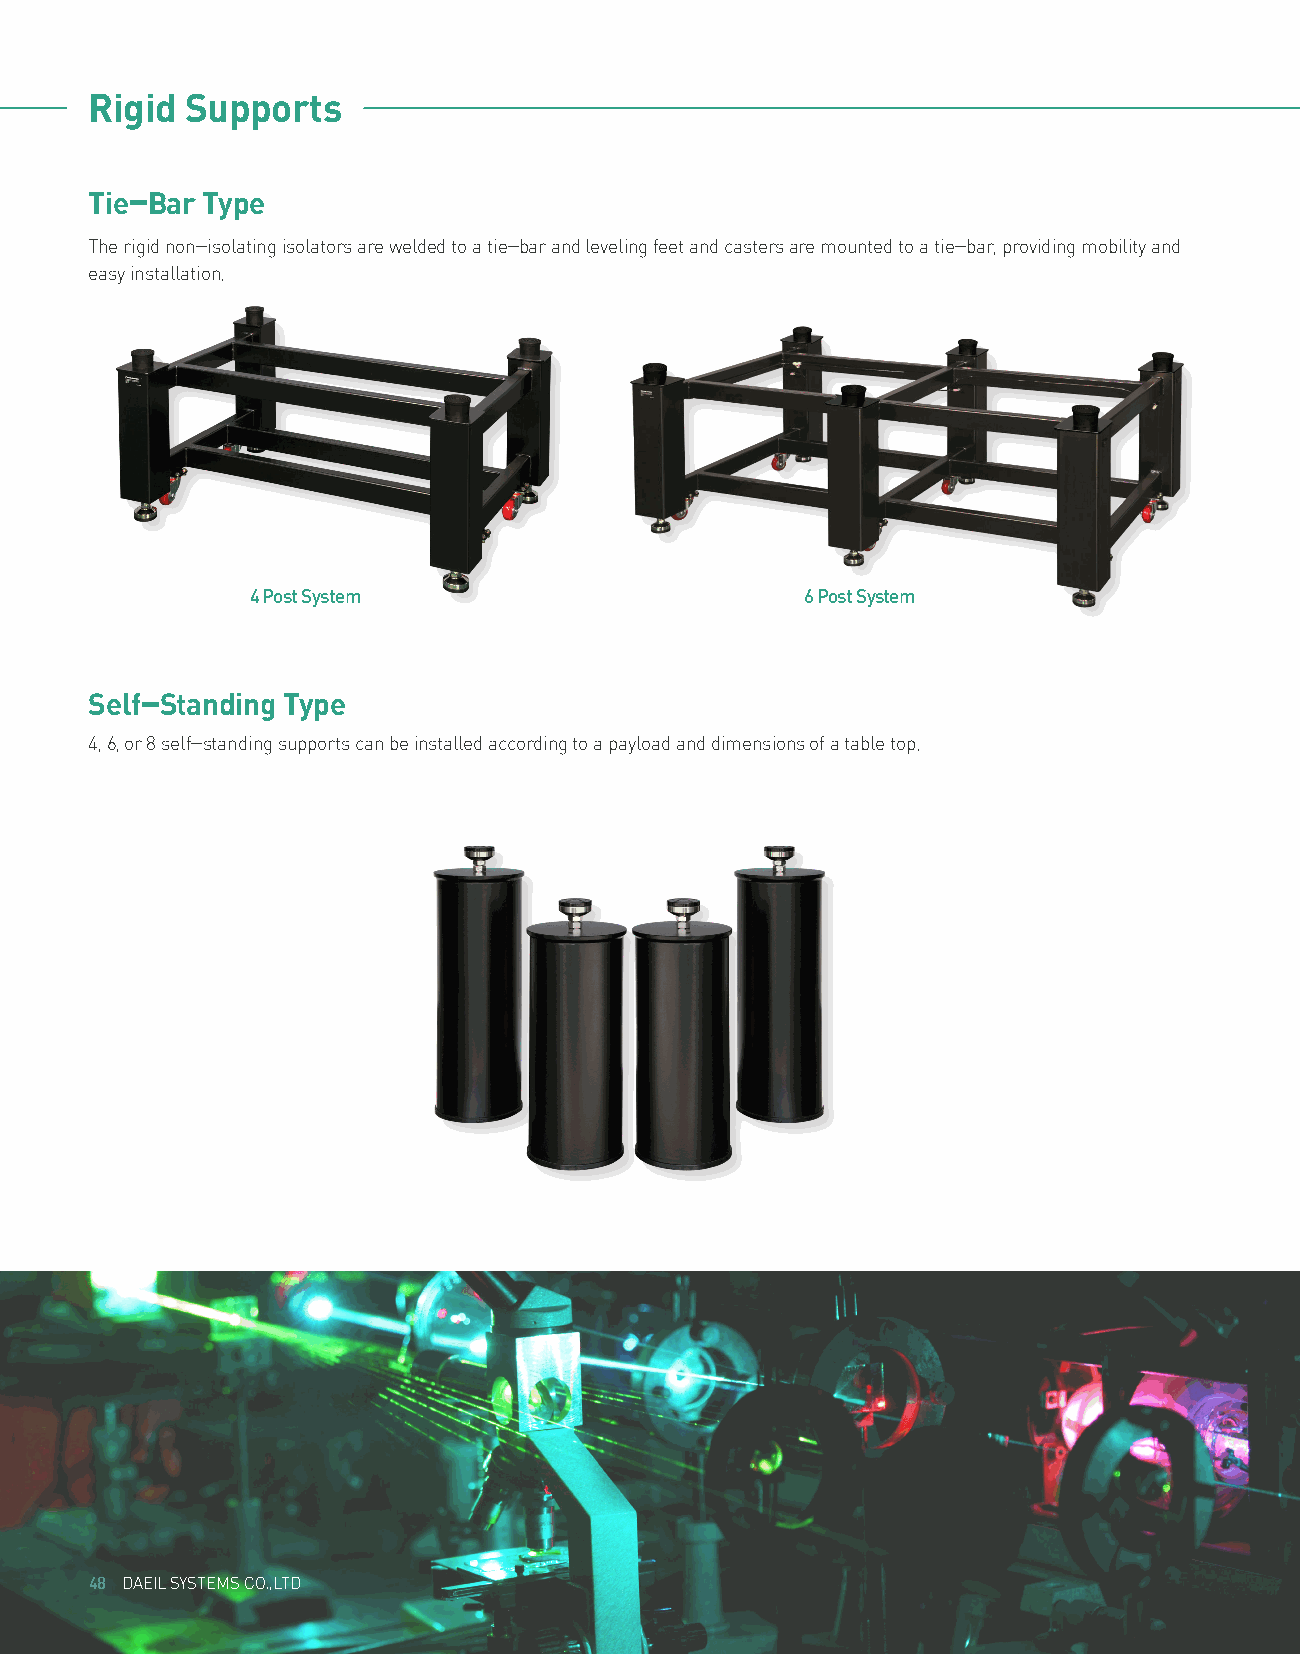
s
 Rigid Supports
 Tie-Bar Type
 The rigid non-isolating isolators are welded to a tie-bar and leveling feet and casters are mounted to a tie-bar, providing mobility and
 easy installation.
 4 Post System                       6 Post System
 Self-Standing Type
 4, 6, or 8 self-standing supports can be installed according to a payload and dimensions of a table top.
 4488 DDAAEEIILL SSYYSSTTEEMMSS CCOO..,,LLTTDD